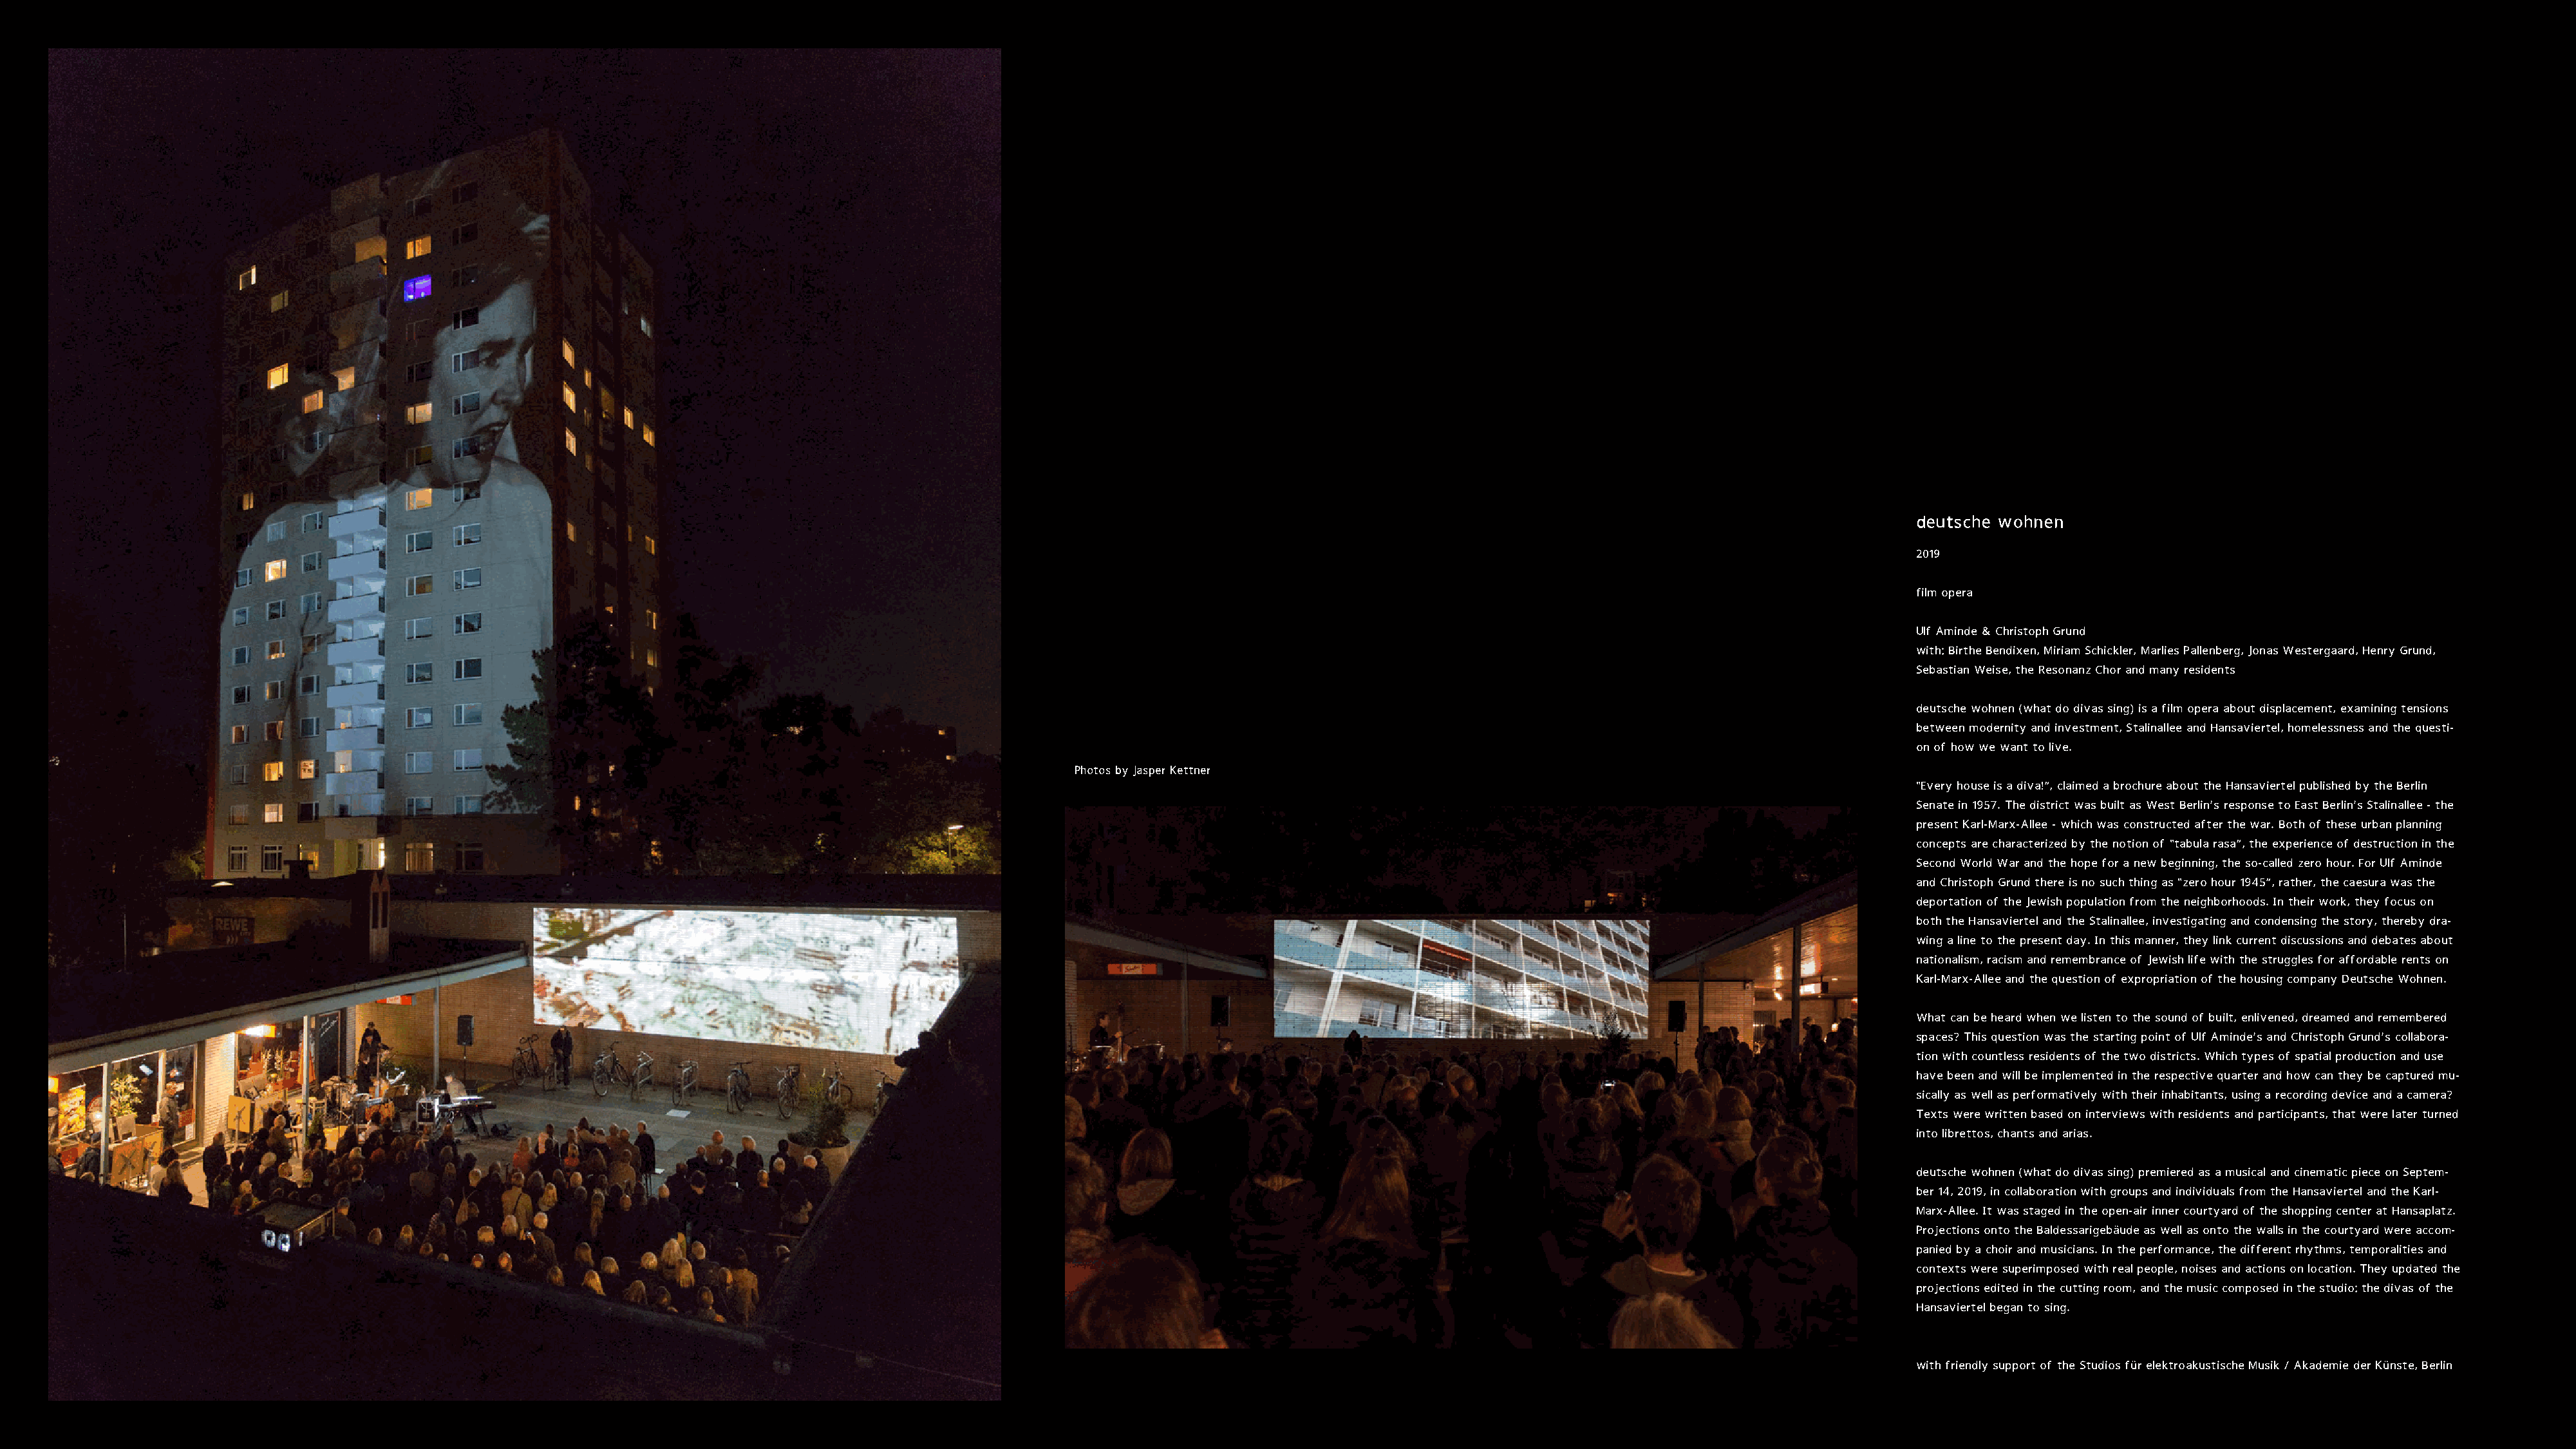
deutsche wohnen
 2019
 film opera
 Ulf Aminde & Christoph Grund
 with: Birthe Bendixen, Miriam Schickler, Marlies Pallenberg, Jonas Westergaard, Henry Grund,
 Sebastian Weise, the Resonanz Chor and many residents
 deutsche wohnen (what do divas sing) is a film opera about displacement, examining tensions
 between modernity and investment, Stalinallee and Hansaviertel, homelessness and the questi-
 on of how we want to live.
 Photos by Jasper Kettner
 "Every house is a diva!“, claimed a brochure about the Hansaviertel published by the Berlin
 Senate in 1957. The district was built as West Berlin’s response to East Berlin’s Stalinallee - the
 present Karl-Marx-Allee - which was constructed after the war. Both of these urban planning
 concepts are characterized by the notion of "tabula rasa“, the experience of destruction in the
 Second World War and the hope for a new beginning, the so-called zero hour. For Ulf Aminde
 and Christoph Grund there is no such thing as "zero hour 1945“, rather, the caesura was the
 deportation of the Jewish population from the neighborhoods. In their work, they focus on
 both the Hansaviertel and the Stalinallee, investigating and condensing the story, thereby dra-
 wing a line to the present day. In this manner, they link current discussions and debates about
 nationalism, racism and remembrance of Jewish life with the struggles for affordable rents on
 Karl-Marx-Allee and the question of expropriation of the housing company Deutsche Wohnen.
 What can be heard when we listen to the sound of built, enlivened, dreamed and remembered
 spaces? This question was the starting point of Ulf Aminde’s and Christoph Grund’s collabora-
 tion with countless residents of the two districts. Which types of spatial production and use
 have been and will be implemented in the respective quarter and how can they be captured mu-
 sically as well as performatively with their inhabitants, using a recording device and a camera?
 Texts were written based on interviews with residents and participants, that were later turned
 into librettos, chants and arias.
 deutsche wohnen (what do divas sing) premiered as a musical and cinematic piece on Septem-
 ber 14, 2019, in collaboration with groups and individuals from the Hansaviertel and the Karl-
 Marx-Allee. It was staged in the open-air inner courtyard of the shopping center at Hansaplatz.
 Projections onto the Baldessarigebäude as well as onto the walls in the courtyard were accom-
 panied by a choir and musicians. In the performance, the different rhythms, temporalities and
 contexts were superimposed with real people, noises and actions on location. They updated the
 projections edited in the cutting room, and the music composed in the studio: the divas of the
 Hansaviertel began to sing.
 with friendly support of the Studios für elektroakustische Musik / Akademie der Künste, Berlin